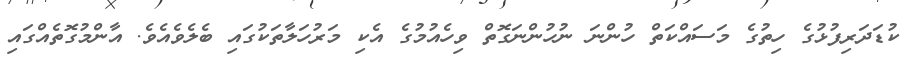
ކުޑަދަރިފުޅުގެ ހިތުގެ މަސައްކަތް ހުންނަ ނުހުންނަގޮތް ވިހެއުމުގެ އެކި މަރުހަލާތަކުގައި ބެލެވެއެވެ. އާންމުގޮތެއްގައި